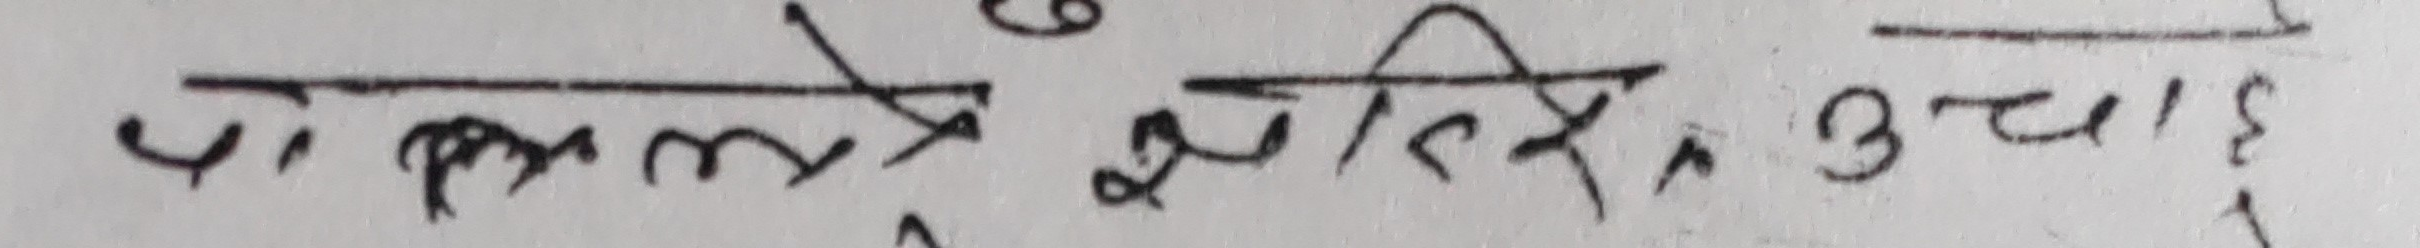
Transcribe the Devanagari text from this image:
यो कलमले लेखिन्छ । उचाई ३